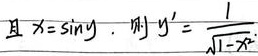
且\(x = \sin y\)，则\(y'=\frac{1}{\sqrt{1 - x^{2}}}\)